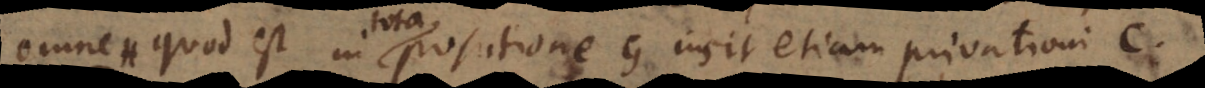
omne quod est in positione G insit etiam pri